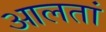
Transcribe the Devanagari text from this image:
आलतां